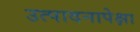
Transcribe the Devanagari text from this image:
उत्पादनापेक्षा